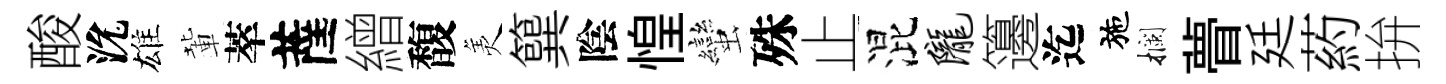
酸沇雄輩萃薩繒馥羙簨陰惶蠻殊止混陇籩迄施攔瞢廷葯拚